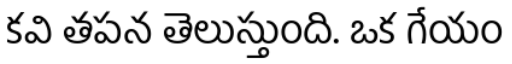
కవి తపన తెలుస్తుంది. ఒక గేయం